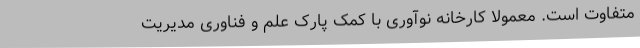
متفاوت است. معمولا کارخانه نوآوری با کمک پارک علم و فناوری مدیریت